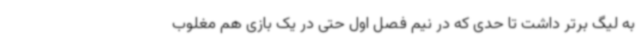
به لیگ برتر داشت تا حدی که در نیم فصل اول حتی در یک بازی هم مغلوب